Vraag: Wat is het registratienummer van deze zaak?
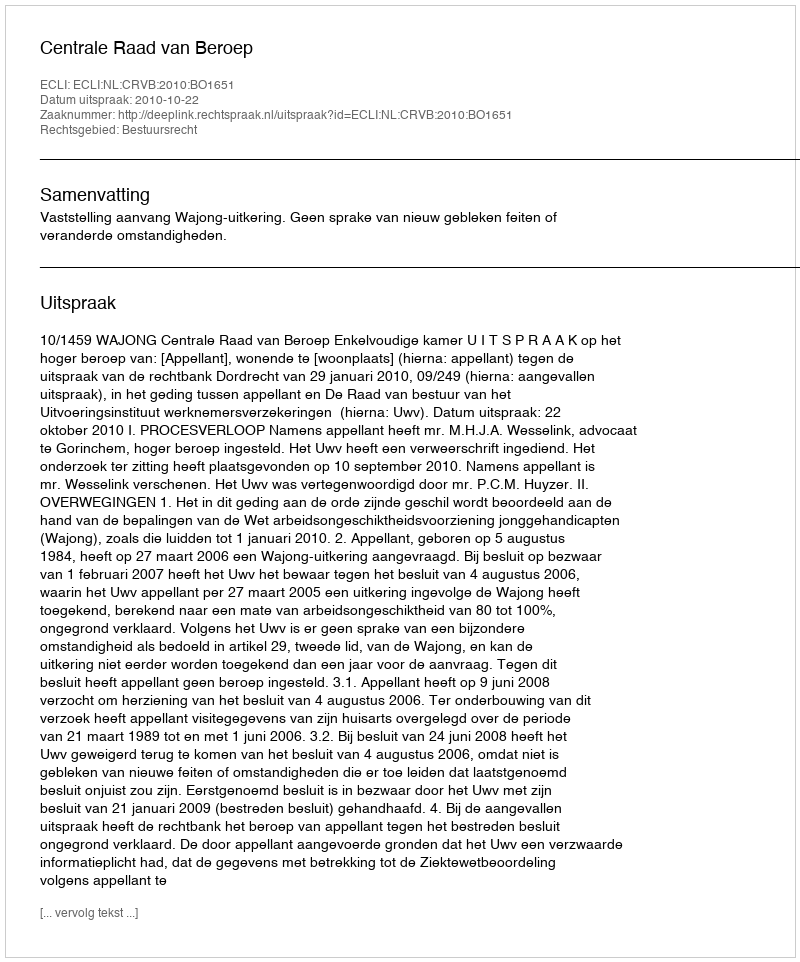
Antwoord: http://deeplink.rechtspraak.nl/uitspraak?id=ECLI:NL:CRVB:2010:BO1651